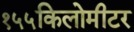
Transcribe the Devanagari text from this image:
१५५किलोमीटर